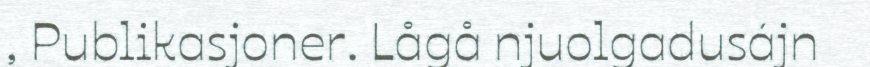
, Publikasjoner. Lågå njuolgadusájn